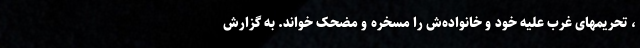
، تحریمهای غرب علیه خود و خانواده‌ش را مسخره و مضحک خواند. به گزارش